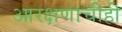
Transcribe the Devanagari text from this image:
आरक्षणाचीही